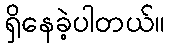
ရှိနေခဲ့ပါတယ်။